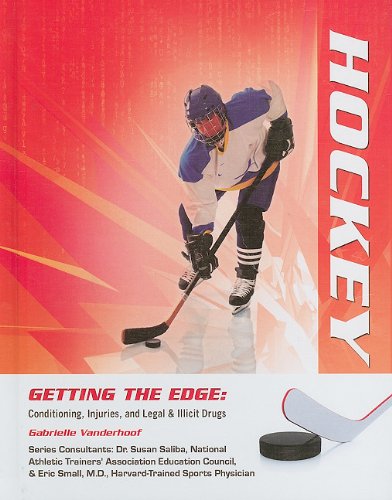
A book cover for Hockey (Getting the Edge: Conditioning, Injuries, and Legal & Illicit Drugs); Gabrielle Vanderhoof; Teen & Young Adult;